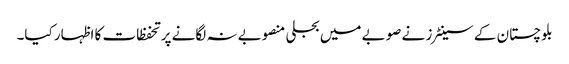
بلوچستان کے سینٹرز نے صوبے میں بجلی منصوبے نہ لگانے پر تحفظات کا اظہار کیا۔